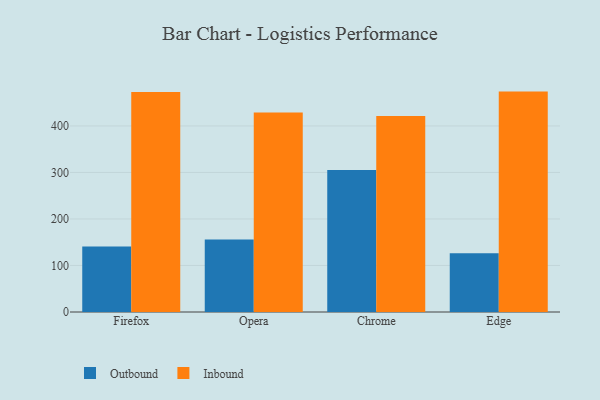
{"axis": {"x": "Browser", "y": "Conversion Rate (%)"}, "legend": ["Inbound", "Outbound"], "data": [{"x": "Firefox", "y": 140.8, "type": "Outbound"}, {"x": "Firefox", "y": 472.9, "type": "Inbound"}, {"x": "Opera", "y": 155.8, "type": "Outbound"}, {"x": "Opera", "y": 429.1, "type": "Inbound"}, {"x": "Chrome", "y": 305.4, "type": "Outbound"}, {"x": "Chrome", "y": 421.1, "type": "Inbound"}, {"x": "Edge", "y": 126.5, "type": "Outbound"}, {"x": "Edge", "y": 473.8, "type": "Inbound"}]}